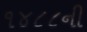
૧૪૮૮ની